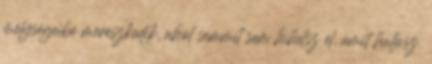
mélységeibe merészkedik, ahol semmit sem hihetsz el, amit hallasz.